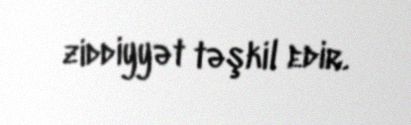
ziddiyyət təşkil edir.